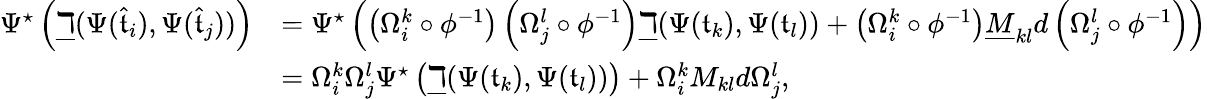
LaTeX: \begin{array}{rl}{\Psi^{\star}\left(\underline{\daleth}(\Psi(\hat{\mathfrak t}_{i}),\Psi(\hat{\mathfrak t}_{j}))\right)}&{=\Psi^{\star}\left(\left(\Omega_{i}^{k}\circ\phi^{-1}\right)\left(\Omega_{j}^{l}\circ\phi^{-1}\right)\underline{\daleth}(\Psi(\mathfrak t_{k}),\Psi(\mathfrak t_{l}))+\left(\Omega_{i}^{k}\circ\phi^{-1}\right)\underline{{M}}_{kl}d\left(\Omega_{j}^{l}\circ\phi^{-1}\right)\right)}\\ &{=\Omega_{i}^{k}\Omega_{j}^{l}\Psi^{\star}\left(\underline{\daleth}(\Psi(\mathfrak t_{k}),\Psi(\mathfrak t_{l}))\right)+\Omega_{i}^{k}{M}_{kl}d\Omega_{j}^{l},}\end{array}